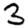
Digit: 3